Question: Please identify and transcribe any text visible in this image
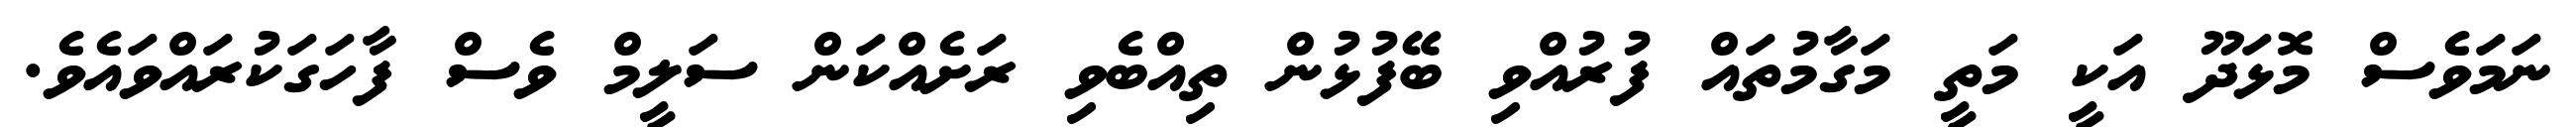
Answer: ނަމަވެސް މޮޅަދޫ އަކީ މަތީ މަގާމުތައް ފުރުއްވި ބޭފުޅުން ތިއްބެވި ރަށެއްކަން ސަލީމް ވެސް ފާހަގަކުރައްވައެވެ.